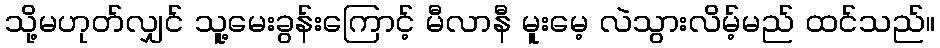
သို့မဟုတ်လျှင် သူ့မေးခွန်းကြောင့် မီလာနီ မူးမေ့ လဲသွားလိမ့်မည် ထင်သည်။